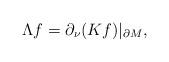
LaTeX: \begin{align*}\Lambda f=\partial_\nu(Kf)|_{\partial M},\end{align*}